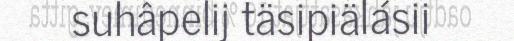
suhâpelij täsipiälásii